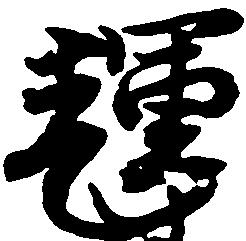
輝